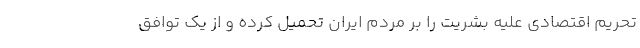
تحریم اقتصادی علیه بشریت را بر مردم ایران تحمیل کرده و از یک توافق